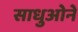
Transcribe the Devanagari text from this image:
साधुओने